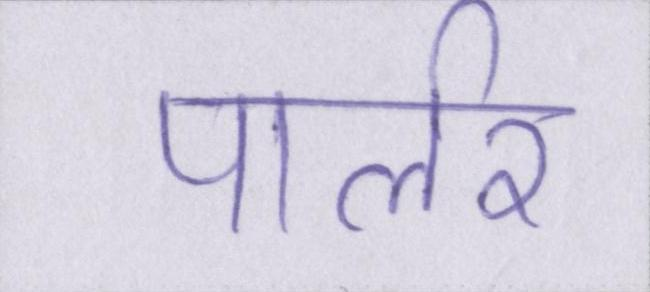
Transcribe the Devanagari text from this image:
पार्लर